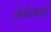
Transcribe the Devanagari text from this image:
लेबोसकी